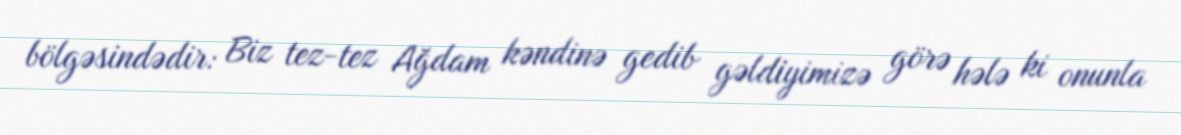
bölgəsindədir: Biz tez-tez Ağdam kəndinə gedib gəldiyimizə görə hələ ki onunla